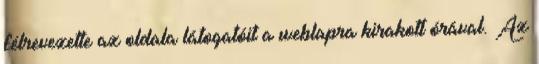
félrevezette az oldala látogatóit a weblapra kirakott órával. Az